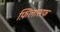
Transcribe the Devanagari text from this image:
फ़िलासफ़